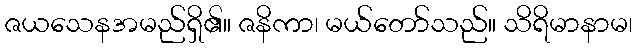
ဇယသေနအမည်ရှိ၏။ ဇနိကာ၊ မယ်တော်သည်။ သိရိမာနာမ၊